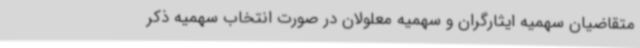
متقاضیان سهمیه ایثارگران و سهمیه معلولان در صورت انتخاب سهمیه ذکر